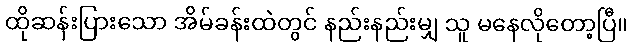
ထိုဆန်းပြားသော အိမ်ခန်းထဲတွင် နည်းနည်းမျှ သူ မနေလိုတော့ပြီ။